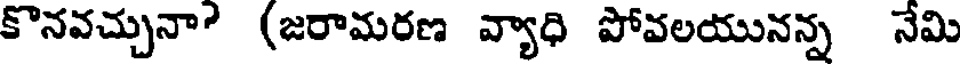
కొనవచ్చునా? (జరామరణ వ్యాధి పోవలయునన్న నేమి